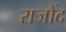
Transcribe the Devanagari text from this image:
राजौंद